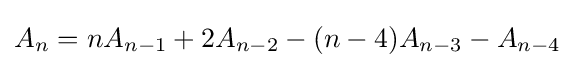
\displaystyle A_{n}=nA_{n-1}+2A_{n-2}-(n-4)A_{n-3}-A_{n-4}